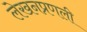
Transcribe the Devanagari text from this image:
लेखनप्रणली